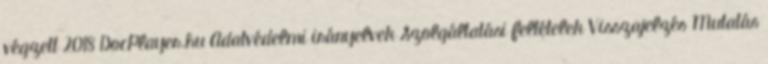
végzett 2018 DocPlayer.hu Adatvédelmi irányelvek Szolgáltatási feltételek Visszajelzés Mutatás